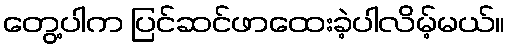
တွေ့ပါက ပြင်ဆင်ဖာထေးခဲ့ပါလိမ့်မယ်။